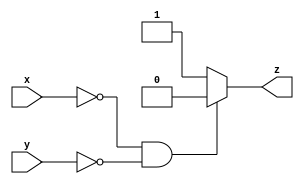

// Behavioral modelling of a 2-input OR gate

module OR2_v1 (x, y, z);

	input x, y;
	output z ;
	reg z;
	
	always @ (x or y)
	begin
		if ((x == 0) && (y == 0)) 
			z = 0;
		else 
			z = 1;
	end

endmodule